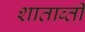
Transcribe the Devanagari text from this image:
शाताब्ती